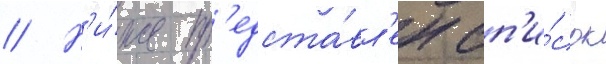
// Н'и́же пр'едста́вл'ен сп'и́сок